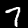
Label: 7